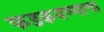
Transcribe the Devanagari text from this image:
फडकवण्याचा